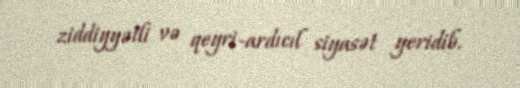
ziddiyyətli və qeyri-ardıcıl siyasət yeridib.